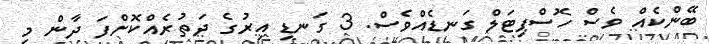
ބޭންކެއް ވެސް ހޮސްޕިޓަލް ގަނޑެއްވެސް. 3 ގަނޑި އިރުގެ ދަތުރެއްކޮށްފަ ދާން މި